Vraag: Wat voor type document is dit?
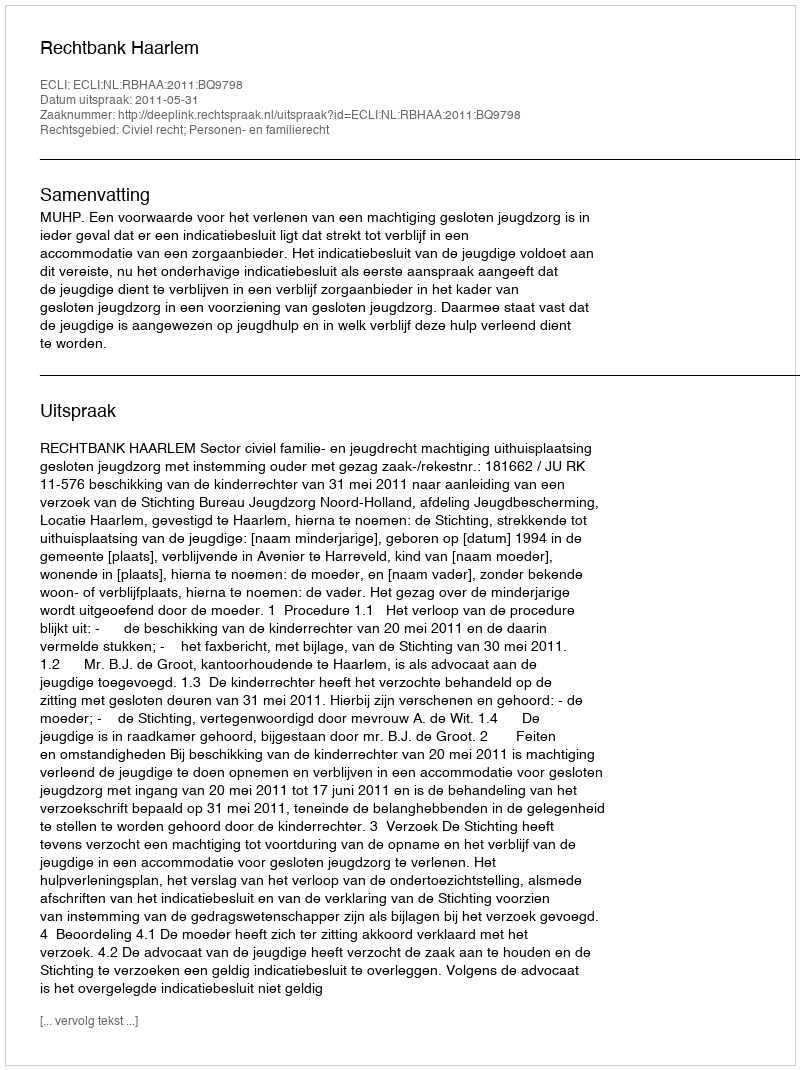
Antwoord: Uitspraak